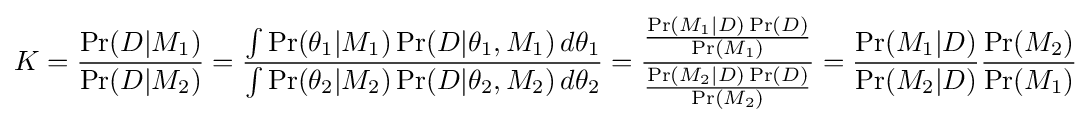
K={\frac {\Pr(D|M_{1})}{\Pr(D|M_{2})}}={\frac {\int \Pr(\theta _{1}|M_{1})\Pr(D|\theta _{1},M_{1})\,d\theta _{1}}{\int \Pr(\theta _{2}|M_{2})\Pr(D|\theta _{2},M_{2})\,d\theta _{2}}}={\frac {\frac {\Pr(M_{1}|D)\Pr(D)}{\Pr(M_{1})}}{\frac {\Pr(M_{2}|D)\Pr(D)}{\Pr(M_{2})}}}={\frac {\Pr(M_{1}|D)}{\Pr(M_{2}|D)}}{\frac {\Pr(M_{2})}{\Pr(M_{1})}}